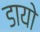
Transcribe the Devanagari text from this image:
डायो